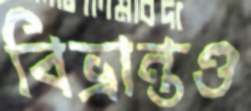
বিভ্রান্তও